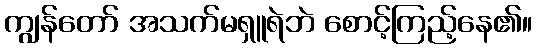
ကျွန်တော် အသက်မရှူရဲဘဲ စောင့်ကြည့်နေ၏။